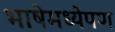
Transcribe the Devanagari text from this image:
भाषेमध्येपण